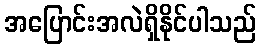
အပြောင်းအလဲရှိနိုင်ပါသည်